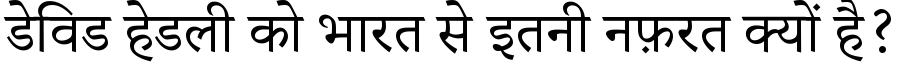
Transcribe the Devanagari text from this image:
डेविड हेडली को भारत से इतनी नफ़रत क्यों है?